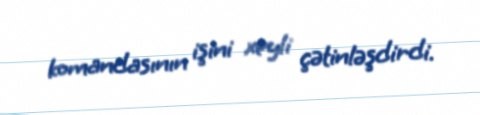
komandasının işini xeyli çətinləşdirdi.